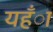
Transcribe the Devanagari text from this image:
यहँा